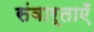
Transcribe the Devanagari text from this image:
संवार्ताएँ